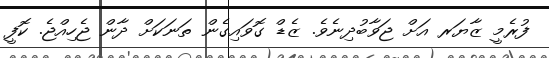
ފުރެމީ ޒާޔަރ އަށް ޖަވާބުދިނެވެ. ޒެޑް ގޮވައިގެން ތަނަކަށް ދާން ޖެހިއްޖެ. ކޮފީ